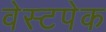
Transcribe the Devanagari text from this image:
वेस्टपेक